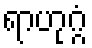
ရာဟုဂ္ဂံ